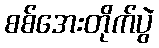
စစ်အေးတိုက်ပွဲ